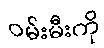
ဝမ်းမီးကို